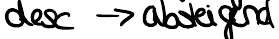
desc -> absteigend